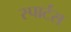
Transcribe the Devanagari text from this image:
स्पार्टंस